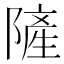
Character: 隡